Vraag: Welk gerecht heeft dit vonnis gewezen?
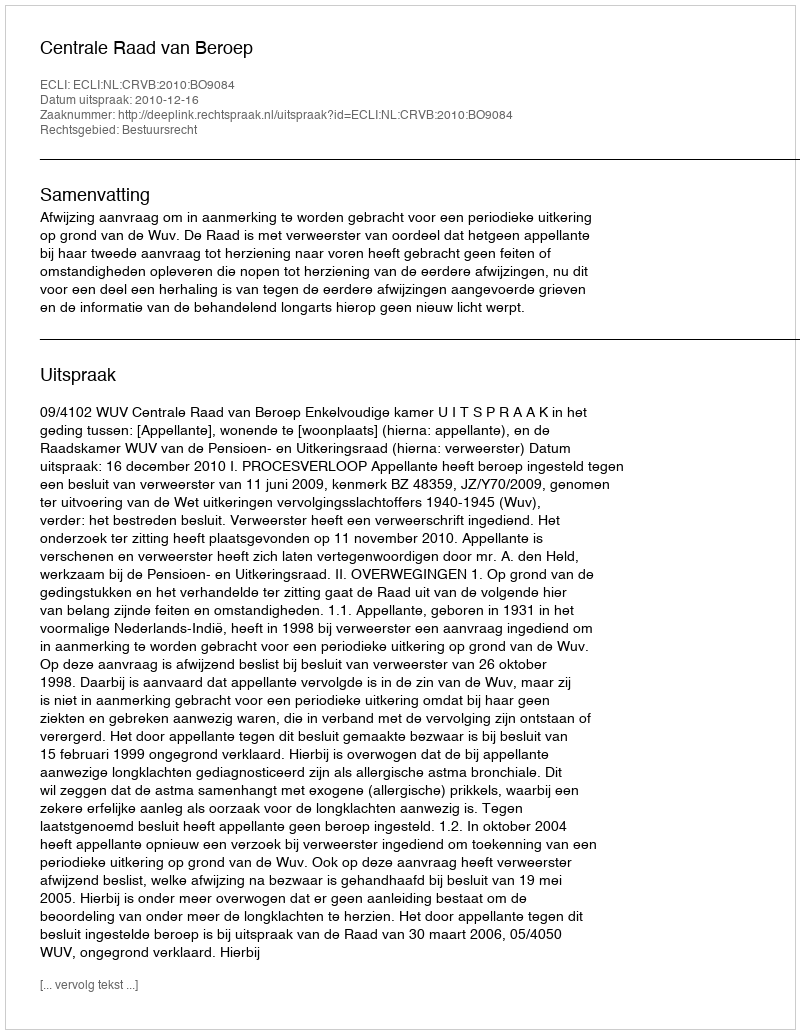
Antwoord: Centrale Raad van Beroep